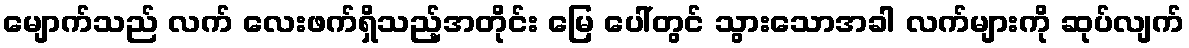
မျောက်သည် လက် လေးဖက်ရှိသည့်အတိုင်း မြေ ပေါ်တွင် သွားသောအခါ လက်များကို ဆုပ်လျက်